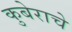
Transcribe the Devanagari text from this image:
कुबेराचे